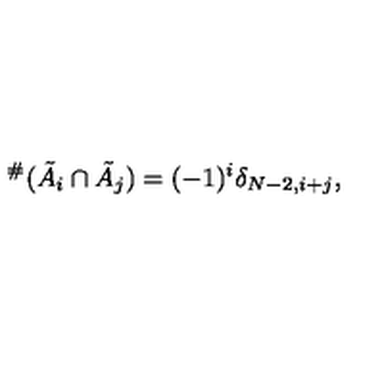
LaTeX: { } ^ { \# } ( \tilde { A } _ { i } \cap \tilde { A } _ { j } ) = ( - 1 ) ^ { i } \delta _ { N - 2 , i + j } ,